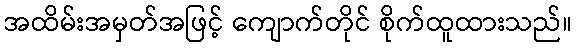
အထိမ်းအမှတ်အဖြင့် ကျောက်တိုင် စိုက်ထူထားသည်။